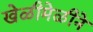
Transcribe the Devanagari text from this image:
खेळीमेळीने